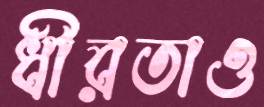
ধীরতাও